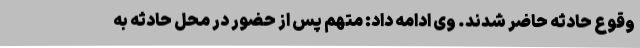
وقوع حادثه حاضر شدند. وی ادامه داد: متهم پس از حضور در محل حادثه به